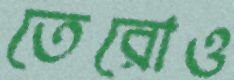
তেরোও